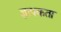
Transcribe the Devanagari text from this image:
ज्ञापकता